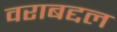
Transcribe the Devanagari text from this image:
वराबद्दल